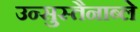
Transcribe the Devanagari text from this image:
उन्सुस्तैनाब्ले